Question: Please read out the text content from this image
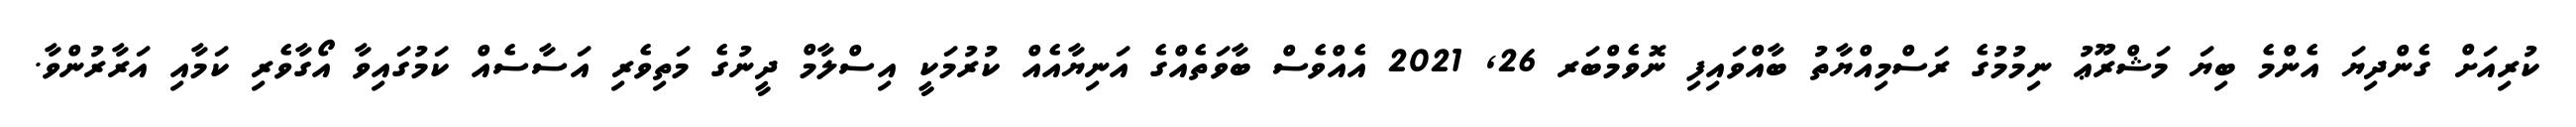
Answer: ކުރިއަށް ގެންދިޔަ އެންމެ ބިޔަ މަޝްރޫޢު ނިމުމުގެ ރަސްމިއްޔާތު ބާއްވައިފި ނޮވެމްބަރ 26, 2021 އެއްވެސް ބާވަތެއްގެ އަނިޔާއެއް ކުރުމަކީ އިސްލާމް ދީނުގެ މަތިވެރި އަސާސެއް ކަމުގައިވާ އޯގާވެރި ކަމާއި އަރާރުންވާ.